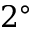
2 ^ { \circ }